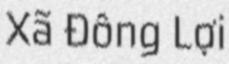
Xã Đông Lợi